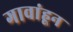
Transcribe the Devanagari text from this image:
गावांहून